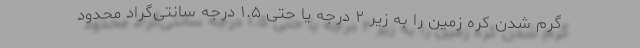
گرم شدن کره زمین را به زیر ۲ درجه یا حتی ۱.۵ درجه سانتی‌گراد محدود